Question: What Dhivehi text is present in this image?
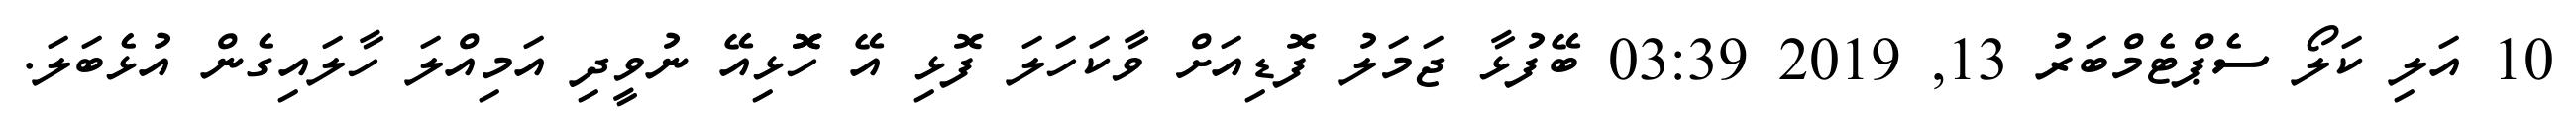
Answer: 10 އަލި ކަލޯ ސެޕްޓެމްބަރު 13, 2019 03:39 ބޭފުޅާ ޖަމަލު ފޮޑިއަށް ވާކަހަލަ ފޮޅި އޭ ހޮޮޅިއޭ ނުވީދި އަމިއްލަ ހާލައިގެން އުޅެބަލަ.